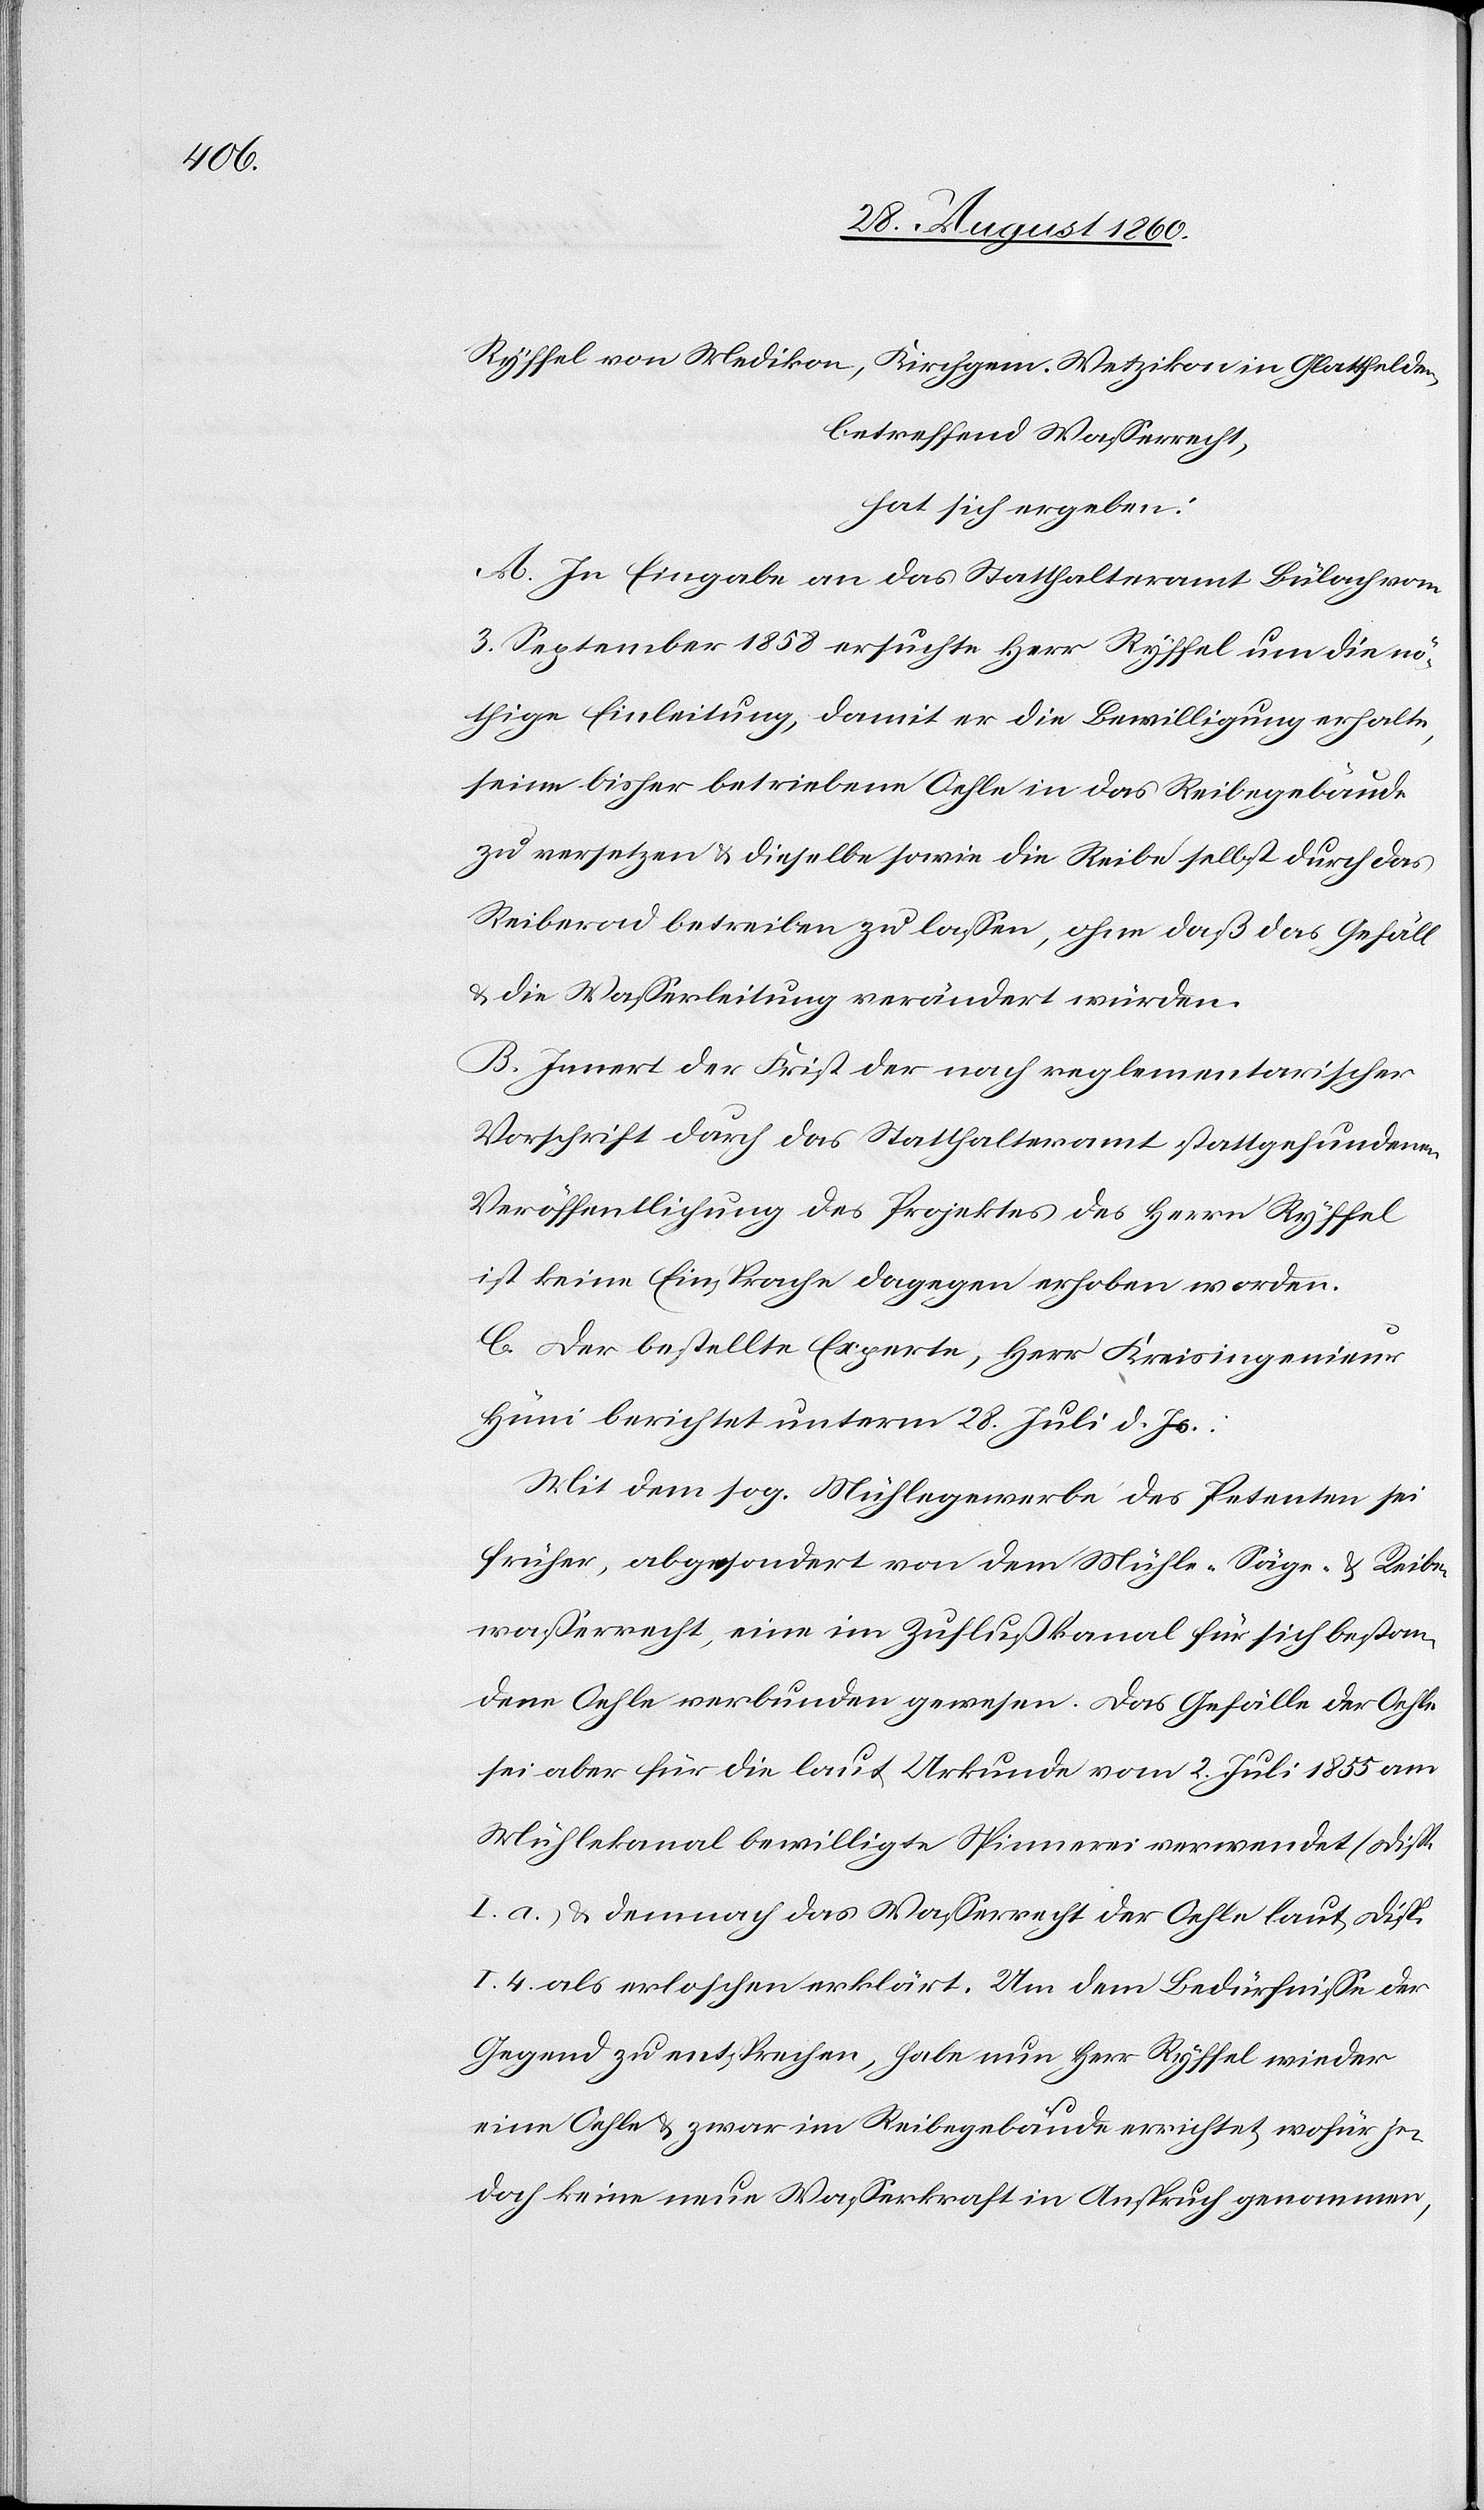
1858

von Medikon, Kirchgemeinde Wetzikon, in Glattfelden,
betreffend Wasserrecht
hat sich ergeben:
A. In Eingabe an das Statthalteramt Bülach vom
nöthige Einleitung, damit er die Bewilligung erhalte,
seine bisher betriebene Oehle in das Reibegebäude
zu versetzten u. dieselbe sowie die Reibe selbst durch das
Reiberrad betreiben zu lassen, ohne dass das Gefäll
u. die Wasserleitung verändert würden.
B. Innert der Frist der nach reglementarischer
Vorschrift durch das Statthalteramt statt gefundenen
Veröffentlichung des Projektes des Hrn. Ryffel
ist keine Einsprache dagegen erhoben worden.
C. Der bestellte Experte, Hr. Kreisingenieur
Hüni berichtet unterm 28. Heumonat d. Js.:
Mit dem s. g. Mühlegewerbe des Petenten sei
früher, abgesondert von dem Mühle- Säge- u. Reibe¬
wasserrecht, eine im Zuflusskanal für sich bestan¬
dene Oehle verbunden gewesen. Das Gefälle der Oehle
sei aber für die laut Urkunde vom 2. Juli 1855 am
Mühlekanal bewilligte Spinnerei verwendet (Disp.
I. a) und demnach das Wasserrecht der Oehle laut Disp.
I. 4. als erloschen erklärt. Um dem Bedürfnisse der
Gegend zu entsprechen habe nun Hr. Ryffel wieder
eine Oehle u. zwar im Reibegebäude errichtet, wofür je¬
doch keine neue Wasserkraft in Anspruch genommen,